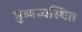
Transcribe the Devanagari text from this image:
सुव्यव्वस्थित